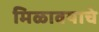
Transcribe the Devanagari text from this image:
मिळावयाचे